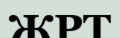
ЖРТ